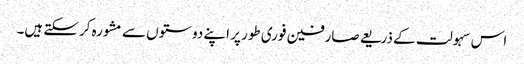
اس سہولت کے ذریعے صارفین فوری طور پر اپنے دوستوں سے مشورہ کرسکتے ہیں۔